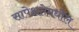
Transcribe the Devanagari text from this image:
सापेक्षतेमधील